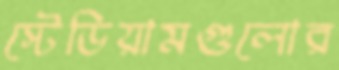
স্টেডিয়ামগুলোর